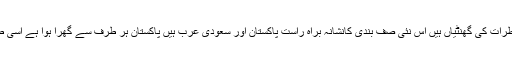
ٹرمپ کا امریکی صدر کی حیثیت سے آنا اور اسرائیلی صدر کا دورہ دہلی خطرات کی گھنٹیاں ہیں اس نئی صف بندی کانشانہ براہ راست پاکستان اور سعودی عرب ہیں پاکستان ہر طرف سے گھرا ہوا ہے اسی طرح سعودی عرب کے چاروں اطراف میں بھی خطرات پھیلا دئیے گئے ہیں۔